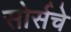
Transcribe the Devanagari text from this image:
सोर्सचे